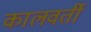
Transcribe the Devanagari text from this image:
कालवर्ती